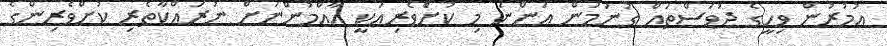
އުމުރުން ވިހީގެ ދުވަސްތައް ގުނަމުން އަންނަ މި ކުށްެވެރިއަކީ އާއްމުންނަށް ނުރައްކާތެރި ކުށްވެރިންގެ